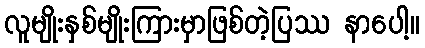
လူမျိုးနှစ်မျိုးကြားမှာဖြစ်တဲ့ပြဿ နာပေါ့။